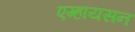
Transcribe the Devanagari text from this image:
एम्हायसन